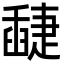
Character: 𦦘